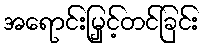
အရောင်းမြှင့်တင်ခြင်း